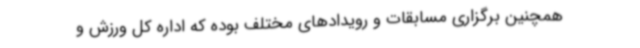
همچنین برگزاری مسابقات و رویدادهای مختلف بوده که اداره کل ورزش و